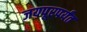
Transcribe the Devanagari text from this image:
जयपूरपर्यंत